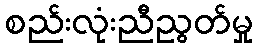
စည်းလုံးညီညွတ်မှု